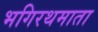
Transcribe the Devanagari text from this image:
भगिरथमाता